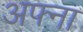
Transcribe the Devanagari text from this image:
अफ्ना